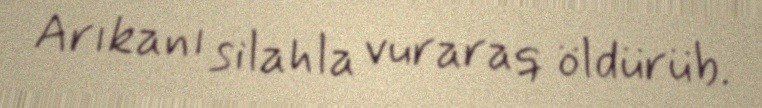
Arıkanı silahla vuraraq öldürüb.